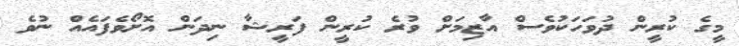
މީގެ ކުރީން ދުވަހަކުވެސް އާޒިމަށް ވުރެ ކުރީން ފަރީޝާ ނިދަން އޮށޯވެފައެއް ނުވެ